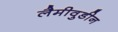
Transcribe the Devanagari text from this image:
लैमीवुडीन